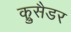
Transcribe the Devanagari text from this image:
क्रुसैडर